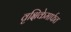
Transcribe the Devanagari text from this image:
वृक्षिकेमार्फत